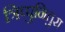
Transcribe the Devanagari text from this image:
त्रिप्पुनितुरा